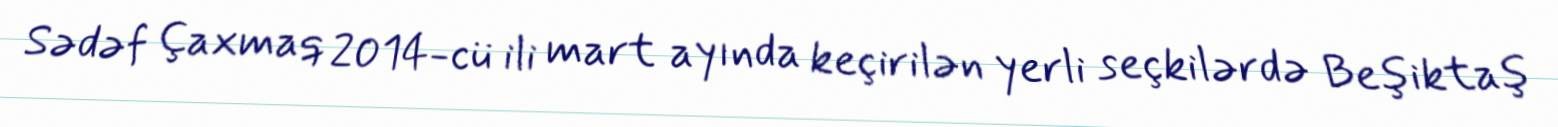
Sədəf Çaxmaq 2014-cü ili mart ayında keçirilən yerli seçkilərdə Beşiktaş